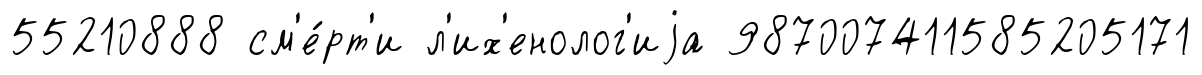
55210888 см'е́рт'и л'их'енолог'иjа 987007411585205171